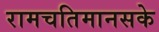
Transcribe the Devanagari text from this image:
रामचतिमानसके